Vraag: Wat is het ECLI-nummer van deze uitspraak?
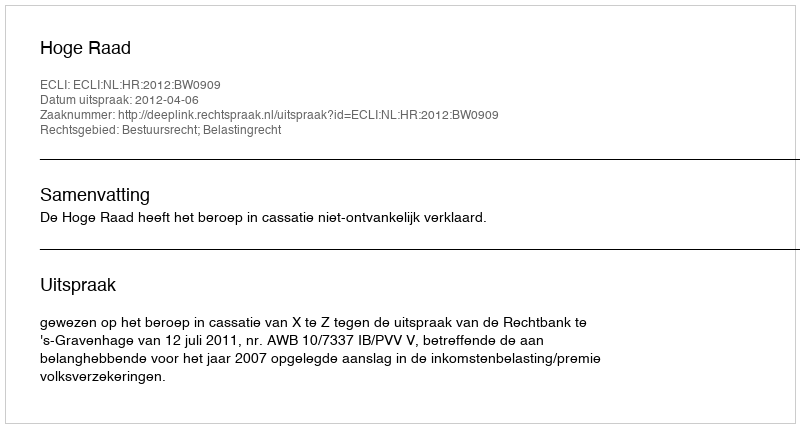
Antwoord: ECLI:NL:HR:2012:BW0909